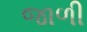
જાળી